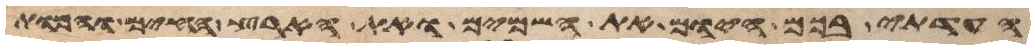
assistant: העדתי בכם היום את השמים ואת הארץ החיים והמות